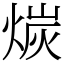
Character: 𪹇